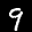
Label: 9